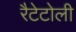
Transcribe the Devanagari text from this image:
रैटेटोली